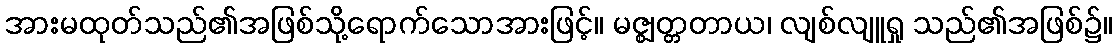
အားမထုတ်သည်၏အဖြစ်သို့ရောက်သောအားဖြင့်။ မဇ္ဈတ္တတာယ၊ လျစ်လျူရှု သည်၏အဖြစ်၌။